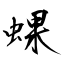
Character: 蜾